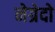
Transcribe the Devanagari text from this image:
नेग्रेदो